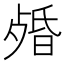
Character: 𣨯